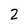
Character: 2